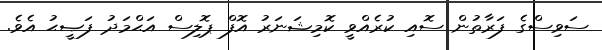
ސަވިސްގެ ފަރާތުން ސޮއި ކުރެއްވީ ކޮމިޝަނަރު އޮފް ޕޮލިސް އަޙްމަދު ފަޞީޙު އެވެ.